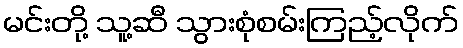
မင်းတို့ သူ့ဆီ သွားစုံစမ်းကြည့်လိုက်